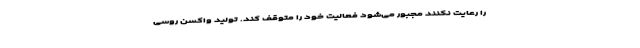
را رعایت نکنند مجبور می‌شود فعالیت خود را متوقف کند. تولید واکسن روسی